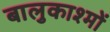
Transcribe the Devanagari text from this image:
बालुकाश्मों